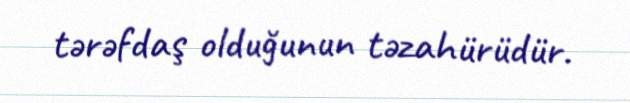
tərəfdaş olduğunun təzahürüdür.